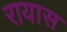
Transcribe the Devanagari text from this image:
रायास